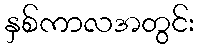
နှစ်ကာလအတွင်း